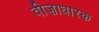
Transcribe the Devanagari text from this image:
वीज़ाधारक